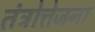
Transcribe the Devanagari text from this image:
तंत्रोत्तेजना